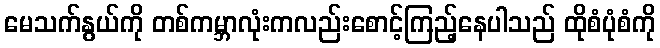
မေသက်နွယ်ကို တစ်ကမ္ဘာလုံးကလည်းစောင့်ကြည့်နေပါသည် ထိုစံပုံစံကို